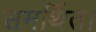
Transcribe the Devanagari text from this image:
समर्थित।